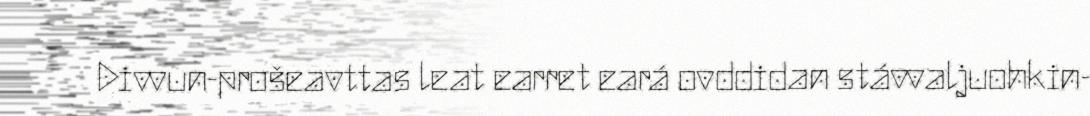
Divvun-prošeavttas leat earret eará ovddidan stávvaljuohkin-